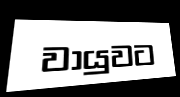
වායුවට